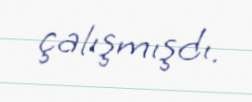
çalışmışdı.